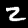
Label: 2